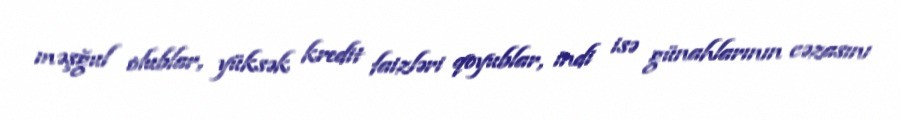
məşğul olublar, yüksək kredit faizləri qoyublar, indi isə günahlarının cəzasını